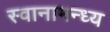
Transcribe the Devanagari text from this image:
स्वानामन्ध्य